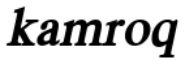
kamroq